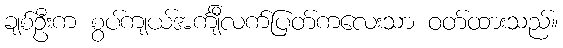
ချစ်ဦးက စွပ်ကျယ်အင်္ကျီလက်ပြတ်ကလေးသာ ဝတ်ထားသည်။